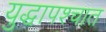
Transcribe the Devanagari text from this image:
युद्धापश्चात